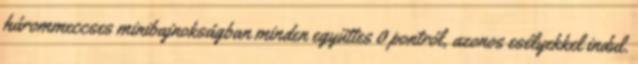
hárommeccses minibajnokságban minden együttes 0 pontról, azonos esélyekkel indul.